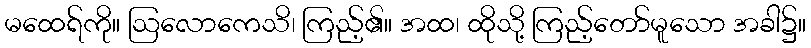
မထေရ်ကို။ ဩလောကေသိ၊ ကြည့်၏။ အထ၊ ထိုသို့ ကြည့်တော်မူသော အခါ၌။